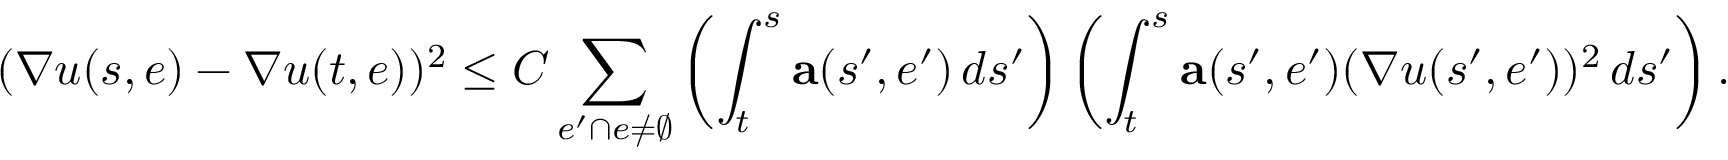
( \nabla u ( s , e ) - \nabla u ( t , e ) ) ^ { 2 } \leq C \sum _ { e ^ { \prime } \cap e \neq \emptyset } \left( \int _ { t } ^ { s } \mathbf { a } ( s ^ { \prime } , e ^ { \prime } ) \, d s ^ { \prime } \right) \left( \int _ { t } ^ { s } \mathbf { a } ( s ^ { \prime } , e ^ { \prime } ) ( \nabla u ( s ^ { \prime } , e ^ { \prime } ) ) ^ { 2 } \, d s ^ { \prime } \right) .